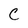
Character: C